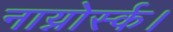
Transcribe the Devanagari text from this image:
नाय्नोर्स्क।